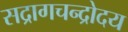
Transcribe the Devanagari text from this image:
सद्रागचन्द्रोदय